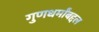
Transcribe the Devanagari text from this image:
गुणधर्मांबद्दल